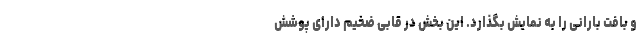
و بافت بارانی را به نمایش بگذارد. این بخش در قابی ضخیم دارای پوشش